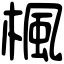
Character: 楓